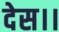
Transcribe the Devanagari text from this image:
देस।।